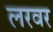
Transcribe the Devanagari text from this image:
लरवर